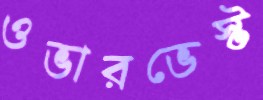
ওভারভেস্ট